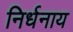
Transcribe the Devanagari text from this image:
निर्धनाय